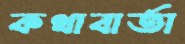
কথাবার্তা